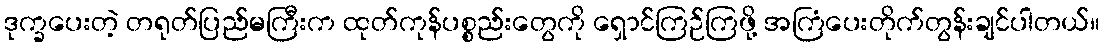
ဒုက္ခပေးတဲ့ တရုတ်ပြည်မကြီးက ထုတ်ကုန်ပစ္စည်းတွေကို ရှောင်ကြဉ်ကြဖို့ အကြံပေးတိုက်တွန်းချင်ပါတယ်။